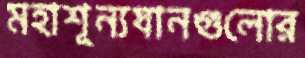
মহাশূন্যযানগুলোর